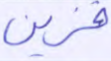
فزين